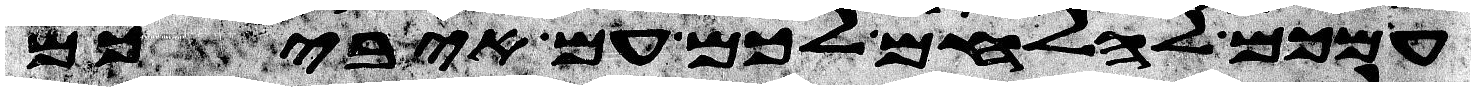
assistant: עמכם להלחם לכם עם איביכם